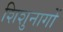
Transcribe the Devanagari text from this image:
शिशुनागों